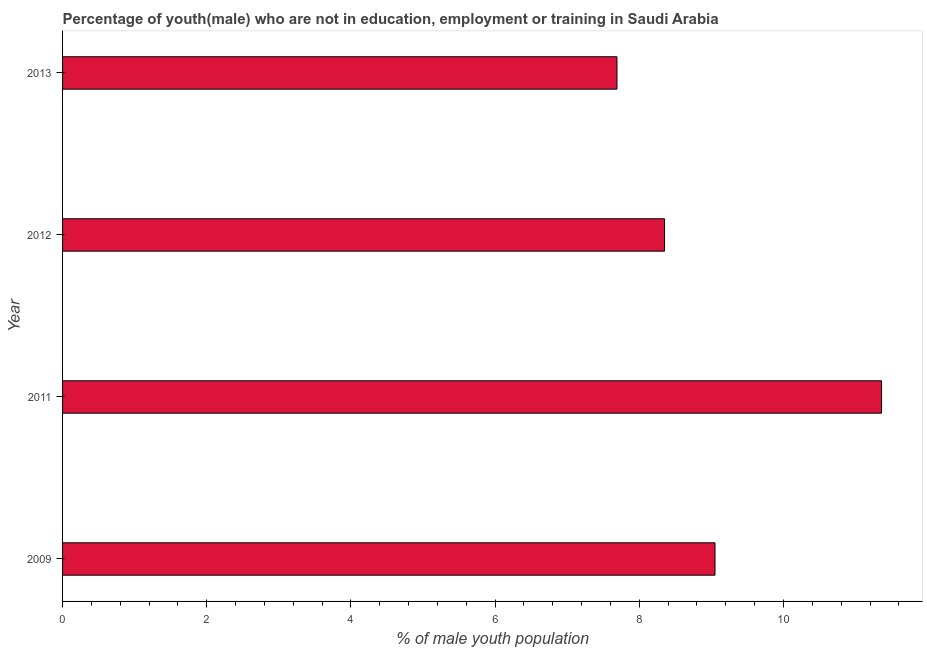
| Year | Unemployed(male) |
 | --- | --- |
 | 2009 | 9.05 |
 | 2011 | 11.4 |
 | 2012 | 8.35 |
 | 2013 | 7.69 |